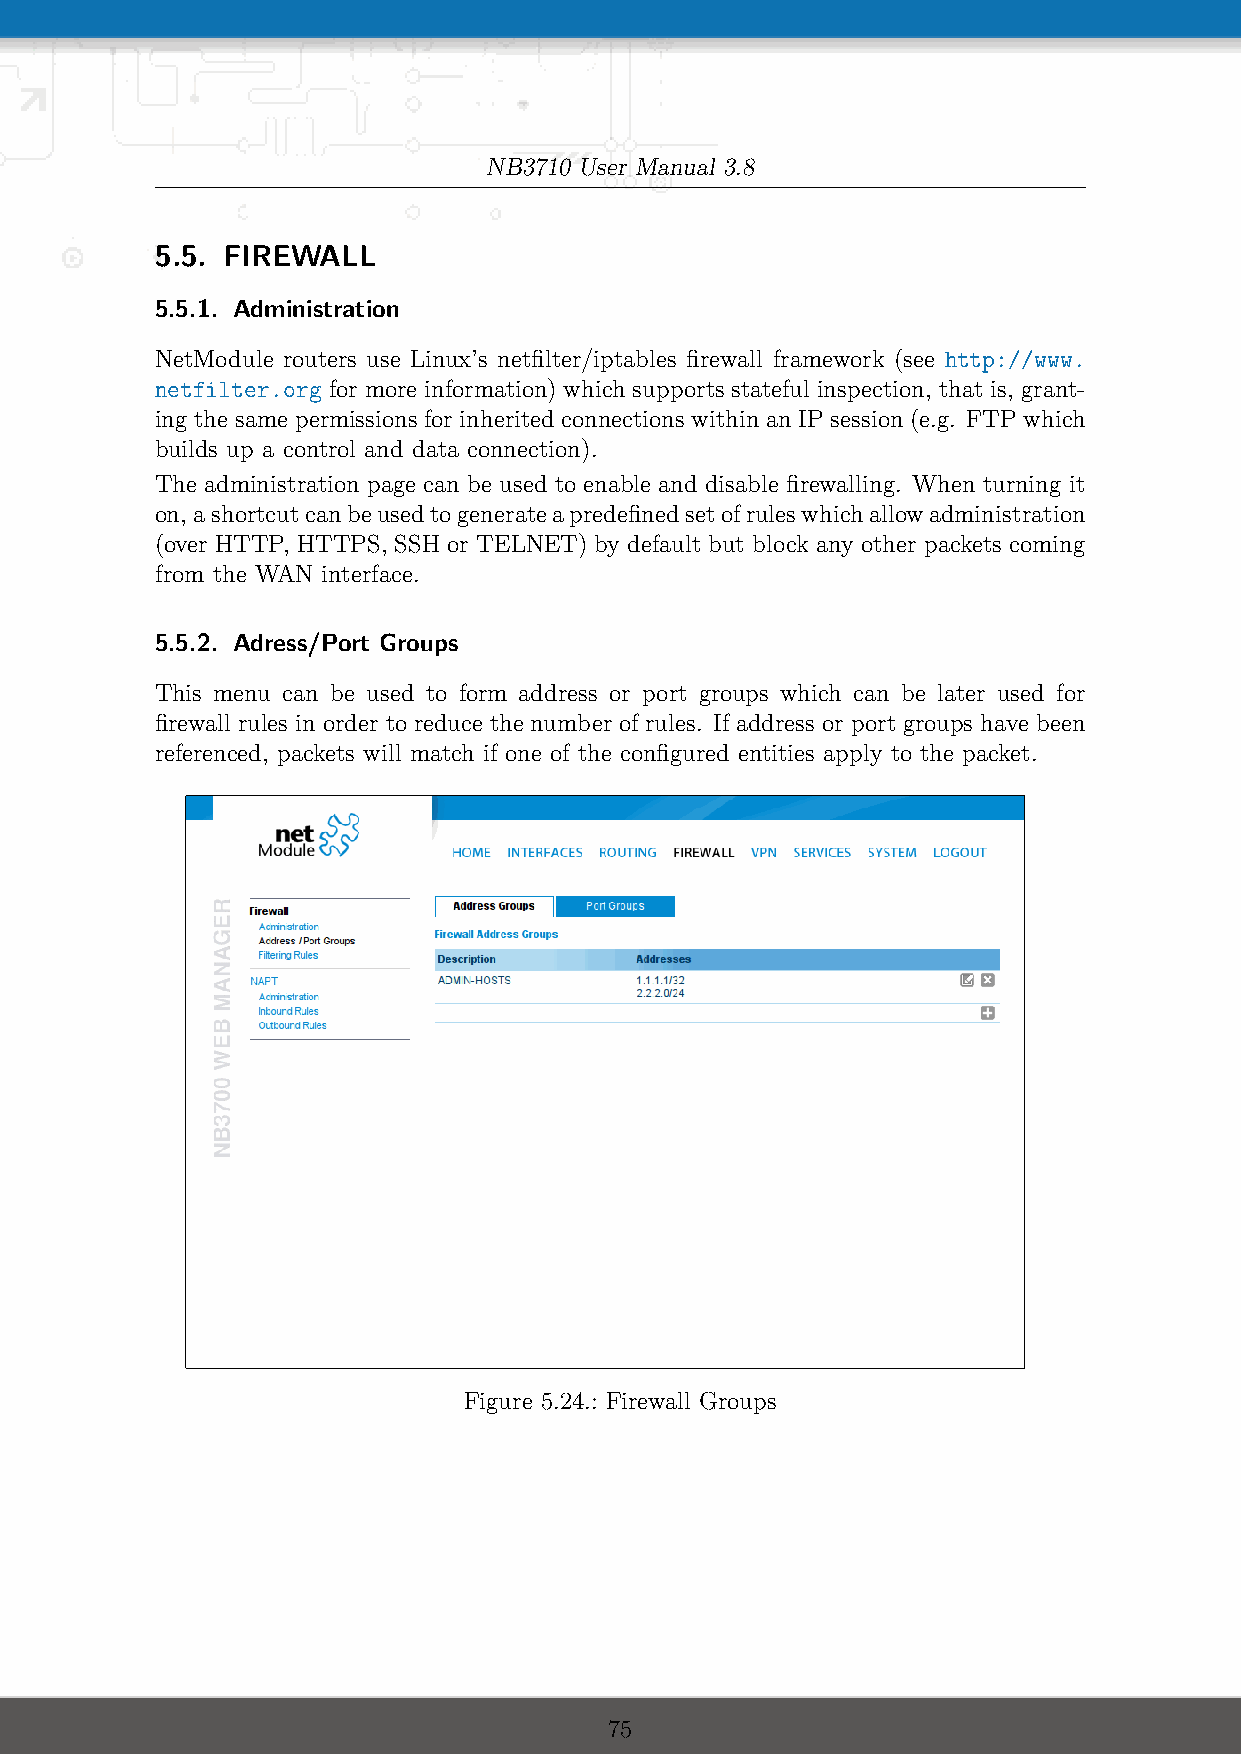
NB3710 User Manual 3.8
 5.5. FIREWALL
 5.5.1. Administration
 NetModule routers use Linux’s netfilter/iptables firewall framework (see http://www.
 netfilter.org for more information) which supports stateful inspection, that is, grant-
 ing the same permissions for inherited connections within an IP session (e.g. FTP which
 builds up a control and data connection).
 The administration page can be used to enable and disable firewalling. When turning it
 on,ashortcutcanbeusedtogenerateapredefinedsetofruleswhichallowadministration
 (over HTTP, HTTPS, SSH or TELNET) by default but block any other packets coming
 from the WAN interface.
 5.5.2. Adress/Port Groups
 This menu can be used to form address or port groups which can be later used for
 firewall rules in order to reduce the number of rules. If address or port groups have been
 referenced, packets will match if one of the configured entities apply to the packet.
 Figure 5.24.: Firewall Groups
 75